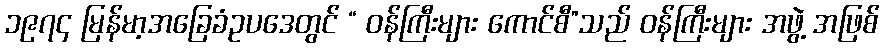
၁၉၇၄ မြန်မာ့အခြေခံဥပဒေတွင် “ ဝန်ကြီးများ ကောင်စီ”သည် ဝန်ကြီးများ အဖွဲ့ အဖြစ်